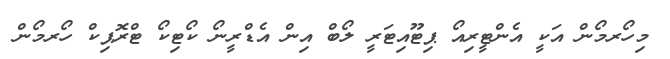
މިހޯރމޯން އަކީ އެންޓީރިއޯ ޕިޓޫއިޓަރީ ލޯބް އިން އެޑްރީނޯ ކޯޓިކޯ ޓްރޮޕިކް ހޯރމޯން